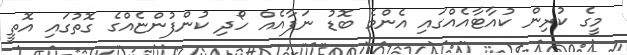
މީގެ ކުރިން ކުއާޓާއެއްގައި އެންމެ ބޮޑު ނަފާއެއް ހޯދި ކުންފުންޏެއްގެ ގޮތުގައި އޮތީ